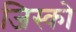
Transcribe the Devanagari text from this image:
जिस्को